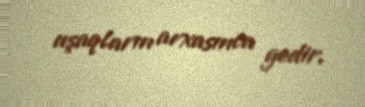
uşaqların arxasınca gedir.